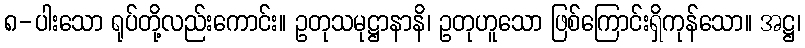
၈-ပါးသော ရုပ်တို့လည်းကောင်း။ ဥတုသမုဋ္ဌာနာနိ၊ ဥတုဟူသော ဖြစ်ကြောင်းရှိကုန်သော။ အဋ္ဌ၊